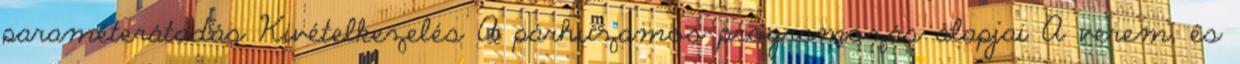
paraméterátadás Kivételkezelés A párhuzamos programozás alapjai A verem, és